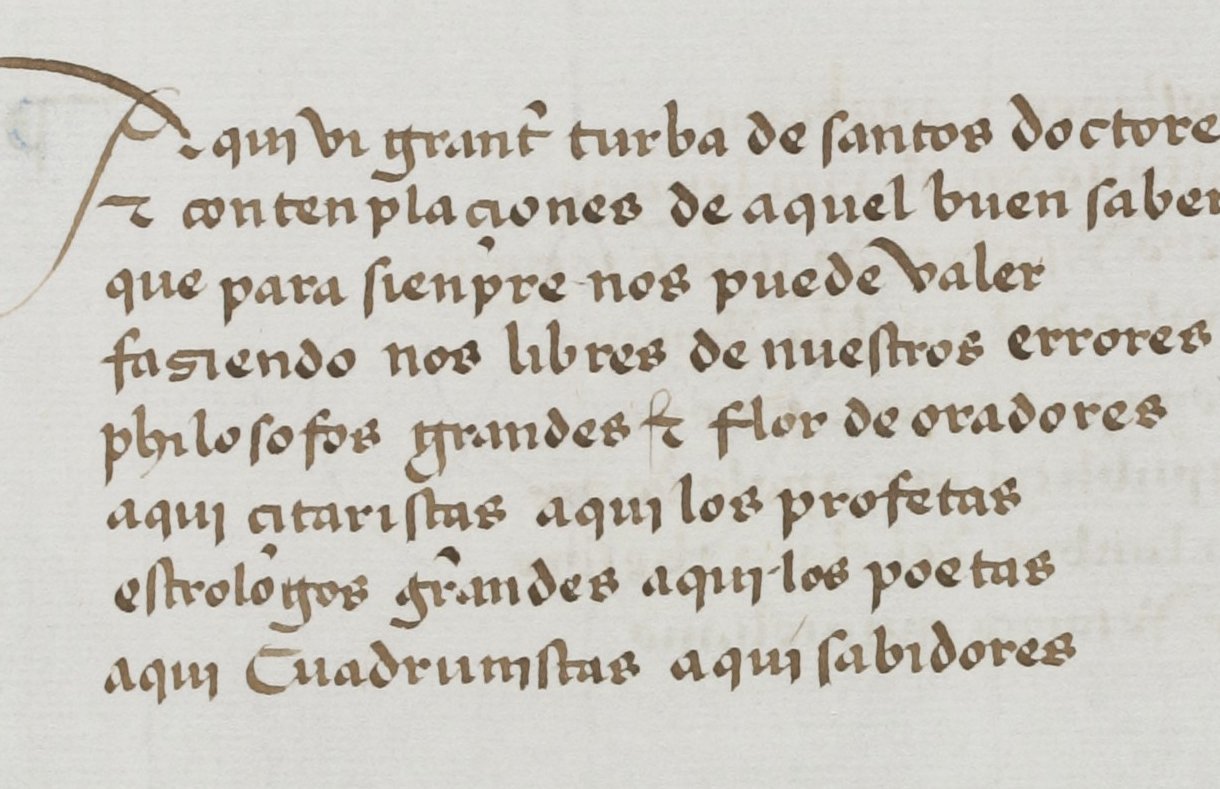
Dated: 1455–1485